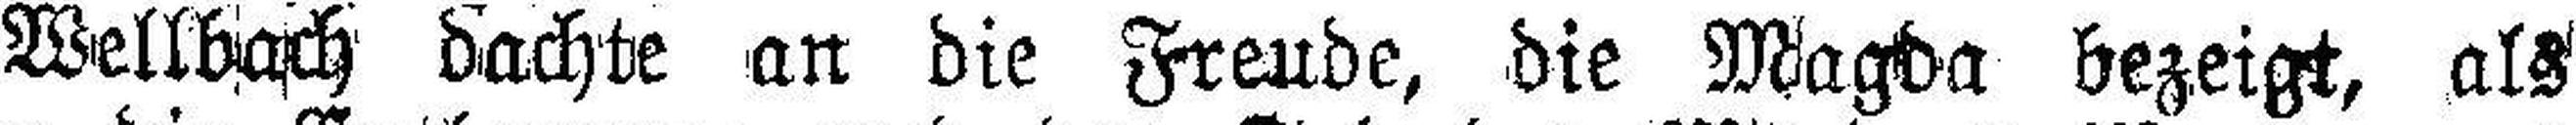
Wellbach dachte an die Freude, die Magda bezeigt, als